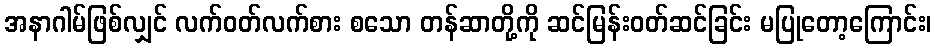
အနာဂါမ်ဖြစ်လျှင် လက်ဝတ်လက်စား စသော တန်ဆာတို့ကို ဆင်မြန်းဝတ်ဆင်ခြင်း မပြုတော့ကြောင်း၊